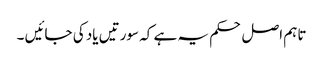
تاہم اصل حکم یہ ہے کہ سورتیں یاد کی جائیں ۔